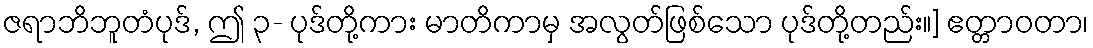
ဇရာဘိဘူတံပုဒ်, ဤ ၃- ပုဒ်တို့ကား မာတိကာမှ အလွတ်ဖြစ်သော ပုဒ်တို့တည်း။] ဧတ္တာဝတာ၊